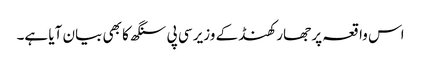
اس واقعہ پر جھارکھنڈ کے وزیر سی پی سنگھ کا بھی بیان آیا ہے۔